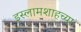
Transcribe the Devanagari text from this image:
इस्लामशाहच्या